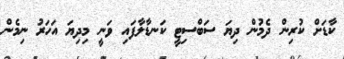
ކާޑަށް ކުރިން ދެމުން ދިޔަ ސަބްސިޓީ ކަނޑާލާފައި ވަނީ މިދިޔަ އަހަރު ނިމެން